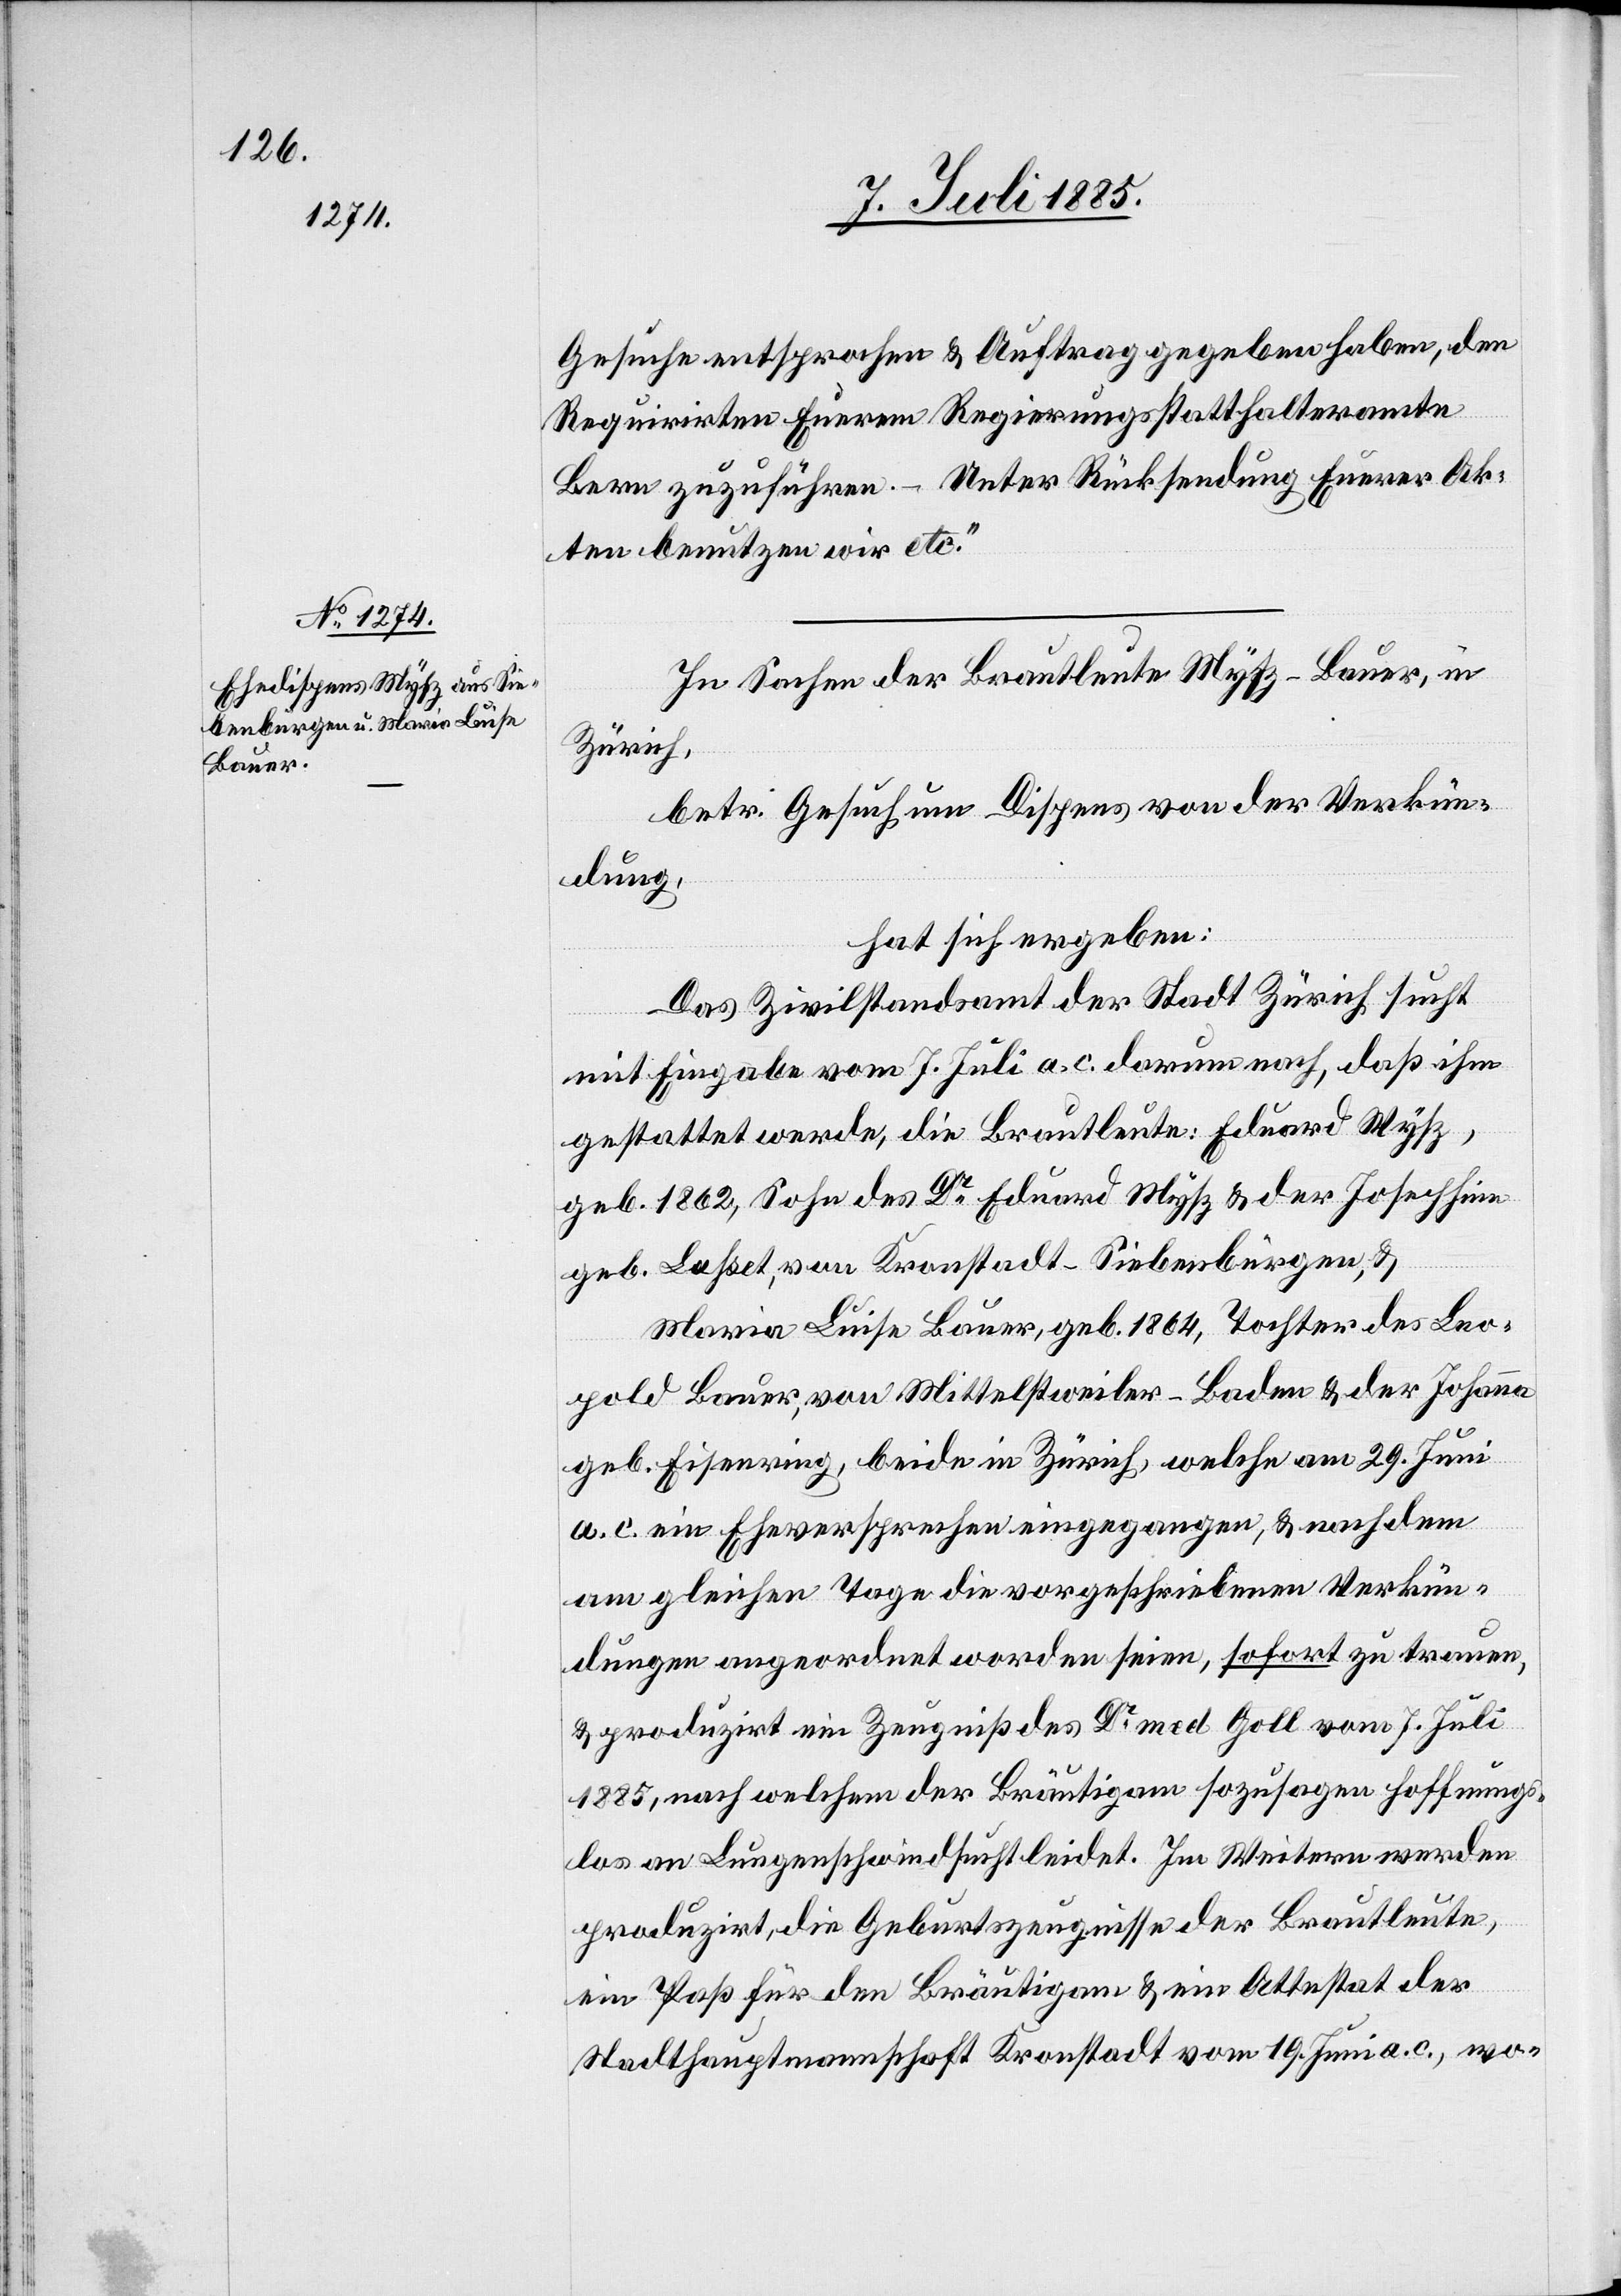
8. Juli 1885.]
Gesuche entsprochen & Auftrag gegeben haben, den
Requirirten Euerem Regierungsstatthalteramte
Bern zuzuführen. – Unter Rücksendung Euerer Ak¬
ten benutzen wir etc.“
In Sachen der Brautleute Mysz-Bauer, in
Zürich,
betr. Gesuch um Dispens von der Verkün¬
dung,
hat sich ergeben:
Das Zivilstandsamt der Stadt Zürich sucht
mit Eingabe vom 7. Juli a. c. darum nach, daß ihm
gestattet werde, die Brautleute: Eduard Wysz
geb. 1862, Sohn des Dr Eduard Mysz & der Josephine
geb. Lahset, von Kronstadt - Siebenbürgen, &
Maria Luise Bauer, geb. 1864, Tochter des Leo¬
pold Bauer von Mittelstweiler - Baden & der Johanna
geb. Eisenring, beide in Zürich, welche am 29. Juni
a. c. ein Eheversprechen eingegangen, & nach dem
am gleichen Tage die vorgeschriebenen Verkün¬
dungen angeordnet worden seien, sofort zu trauen,
& produzirt ein Zeugniß des Dr med Goll vom 7. Juli
1885, nach welchem der Bräutigam sozusagen hoffnungs¬
los an Lungenschwindsucht leidet. Im Weiteren werden
produzirt, die Geburtszeugnisse der Brautleute,
ein Paß für den Bräutigam & ein Attestat der
Stadthauptmannschaft Kronstadt vom 19. Juni a. c., wo-